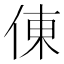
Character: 倲